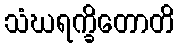
သံဃရက္ခိတောတိ